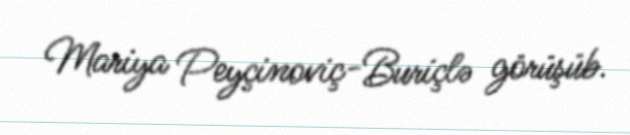
Mariya Peyçinoviç-Buriçlə görüşüb.